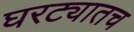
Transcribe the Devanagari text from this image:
घरट्यातच